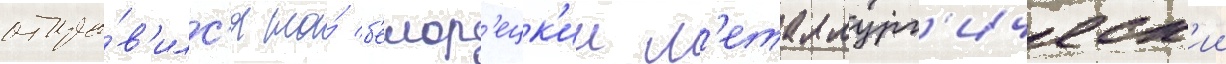
отпра́в'илс'я на́ б'елор'ецк'ии м'еталлург'ическ'ии